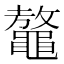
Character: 𪓴